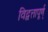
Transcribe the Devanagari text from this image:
विद्वत्तापूर्ण्‌